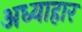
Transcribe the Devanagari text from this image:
अध्याहार